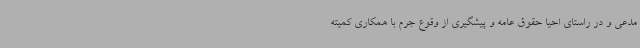
مدعی و در راستای احیا حقوق عامه و پیشگیری از وقوع جرم با همکاری کمیته